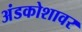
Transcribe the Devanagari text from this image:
अंडकोशावर